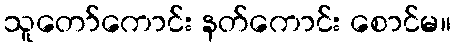
သူတော်ကောင်း နတ်ကောင်း စောင်မ။